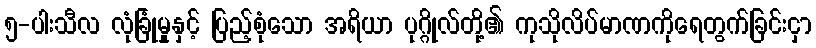
၅-ပါးသီလ လုံခြုံမှုနှင့် ပြည့်စုံသော အရိယာ ပုဂ္ဂိုလ်တို့၏ ကုသိုလိပ်မာဏကိုရေတွက်ခြင်းငှာ